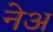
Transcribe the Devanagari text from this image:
नेअ